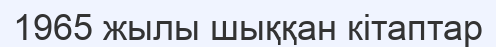
1965 жылы шыққан кітаптар